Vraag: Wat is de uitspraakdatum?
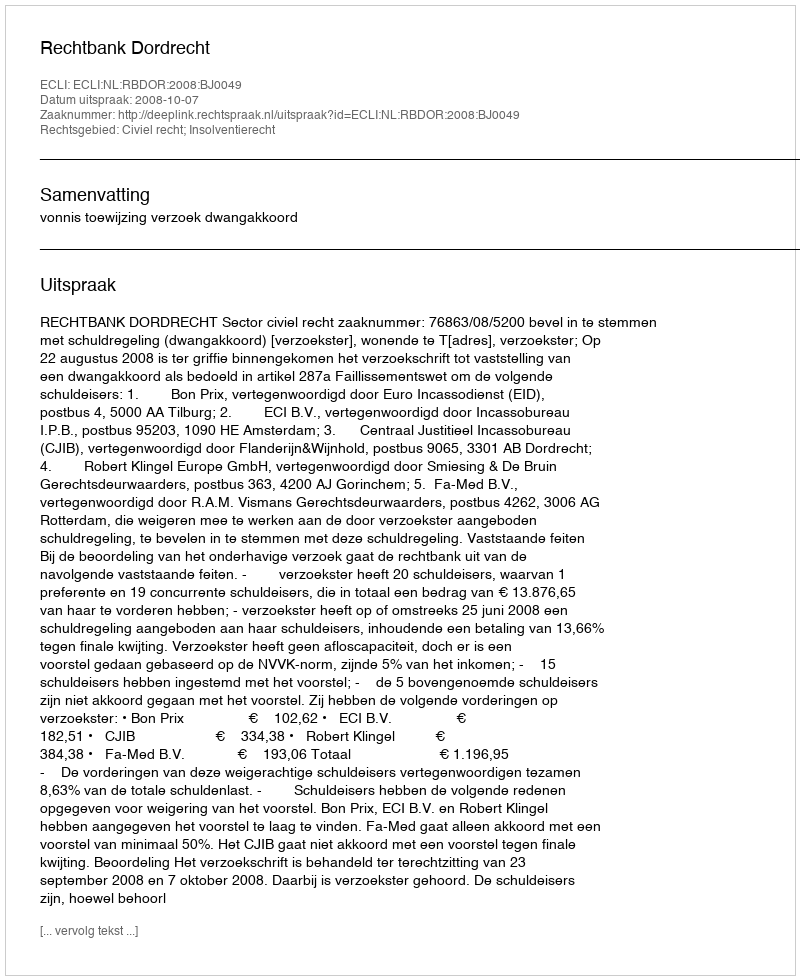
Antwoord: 2008-10-07